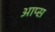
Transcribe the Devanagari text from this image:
आप्स